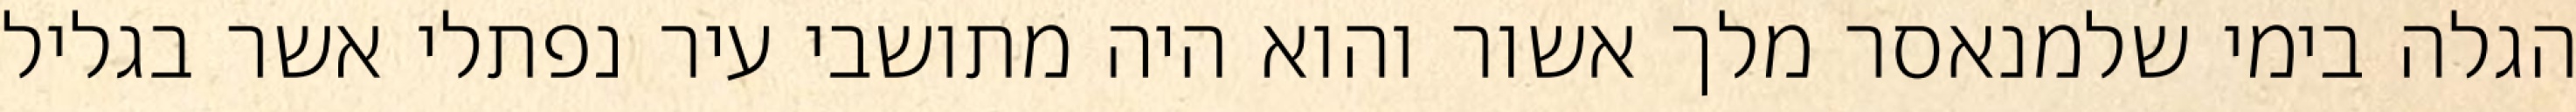
הגלה בימי שלמנאסר מלך אשור והוא היה מתושבי עיר נפתלי אשר בגליל